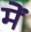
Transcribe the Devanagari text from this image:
मेेें